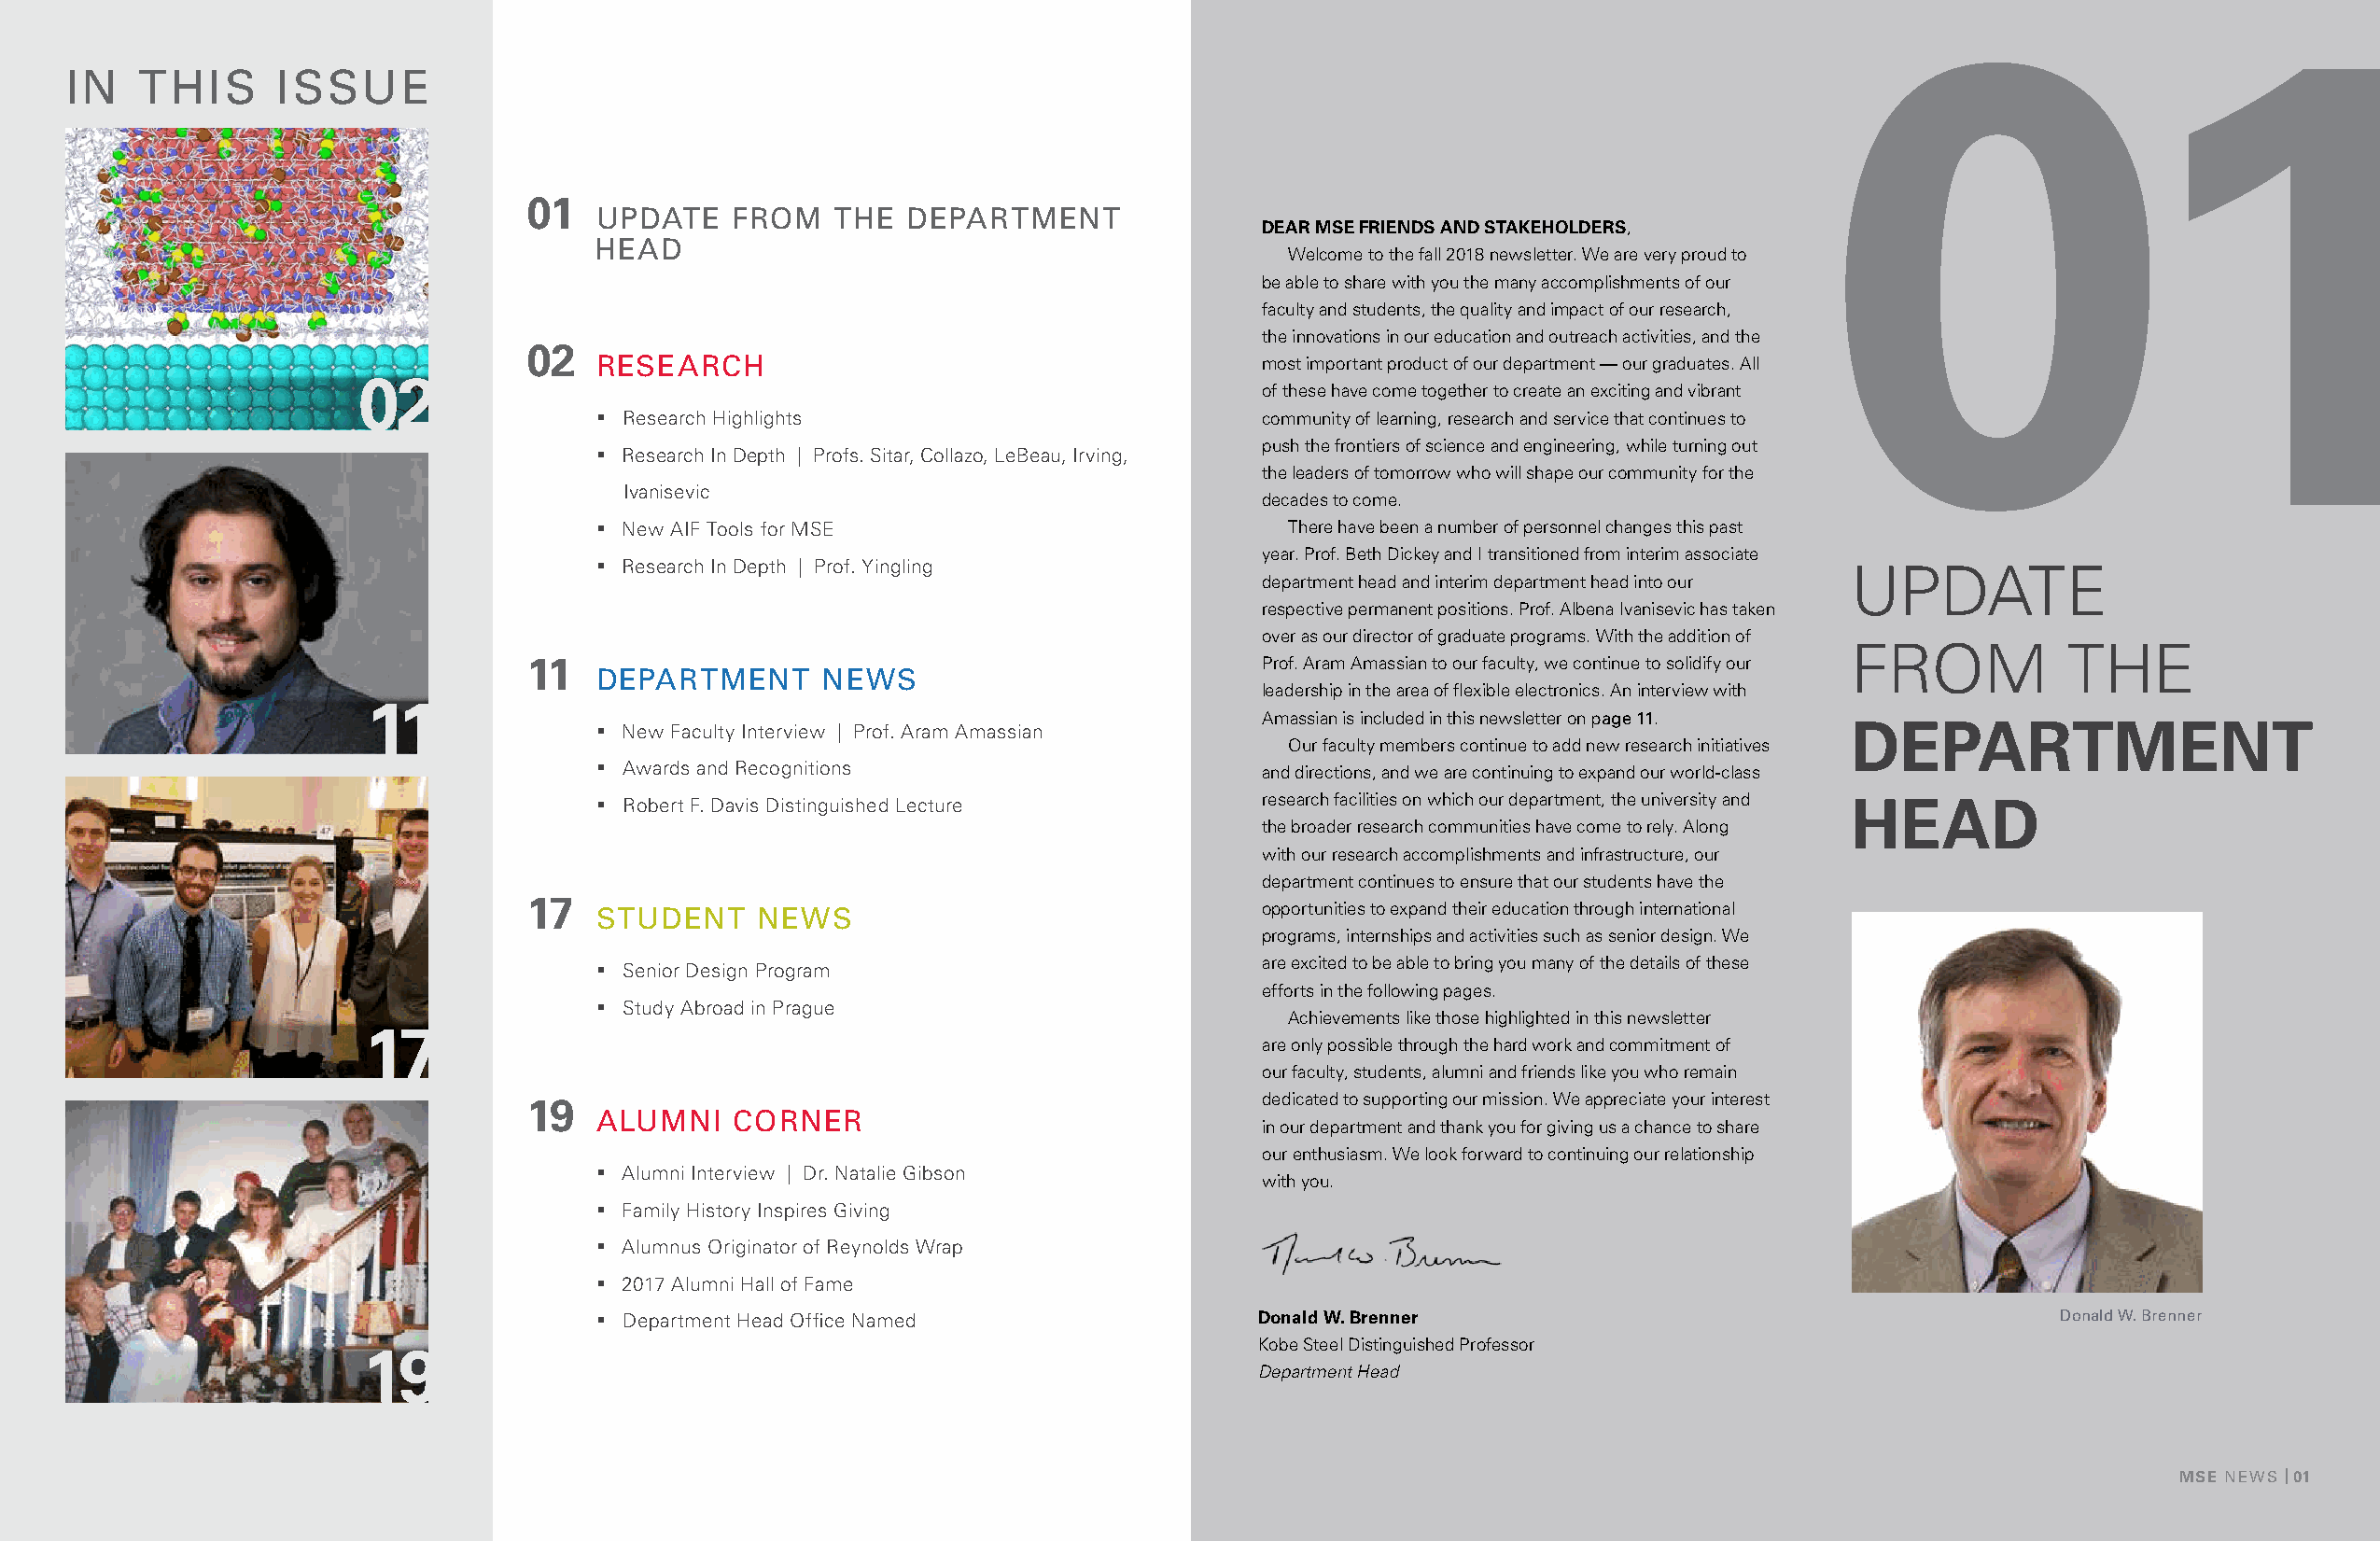
01
 IN   THIS      ISSUE
 01
 UPDATE    FROM   THE  DEPARTMENT
 DEAR MSE FRIENDS AND STAKEHOLDERS,
 HEAD
 Welcome to the fall 2018 newsletter. We are very proud to
 be able to share with you the many accomplishments of our
 faculty and students, the quality and impact of our research,
 the innovations in our education and outreach activities, and the
 02
 RESEARCH                                        most important product of our department — our graduates. All
 02
 of these have come together to create an exciting and vibrant
 § Research Highlights                           community of learning, research and service that continues to
 push the frontiers of science and engineering, while turning out
 § Research In Depth | Profs. Sitar, Collazo, LeBeau, Irving,
 the leaders of tomorrow who will shape our community for the
 Ivanisevic
 decades to come.
 § New AIF Tools for MSE                          There have been a number of personnel changes this past
 year. Prof. Beth Dickey and I transitioned from interim associate
 § Research In Depth | Prof. Yingling
 UPDATE
 department head and interim department head into our
 respective permanent positions. Prof. Albena Ivanisevic has taken
 over as our director of graduate programs. With the addition of
 FROM            THE
 11                                                   Prof. Aram Amassian to our faculty, we continue to solidify our
 DEPARTMENT      NEWS
 leadership in the area of flexible electronics. An interview with
 11
 Amassian is included in this newsletter on page 11.
 § New Faculty Interview | Prof. Aram Amassian                                            DEPARTMENT
 Our faculty members continue to add new research initiatives
 § Awards and Recognitions                       and directions, and we are continuing to expand our world-class
 § Robert F. Davis Distinguished Lecture         research facilities on which our department, the university and HEAD
 the broader research communities have come to rely. Along
 with our research accomplishments and infrastructure, our
 department continues to ensure that our students have the
 17
 STUDENT     NEWS                                opportunities to expand their education through international
 programs, internships and activities such as senior design. We
 are excited to be able to bring you many of the details of these
 § Senior Design Program
 efforts in the following pages.
 § Study Abroad in Prague
 Achievements like those highlighted in this newsletter
 17
 are only possible through the hard work and commitment of
 our faculty, students, alumni and friends like you who remain
 19                                                   dedicated to supporting our mission. We appreciate your interest
 ALUMNI    CORNER
 in our department and thank you for giving us a chance to share
 our enthusiasm. We look forward to continuing our relationship
 § Alumni Interview | Dr. Natalie Gibson
 with you.
 § Family History Inspires Giving
 § Alumnus Originator of Reynolds Wrap
 § 2017 Alumni Hall of Fame
 § Department Head Office Named                 Donald W. Brenner                                        Donald W. Brenner
 Kobe Steel Distinguished Professor
 19
 Department Head
 MMSSEE N NEEWWSS | | 0011